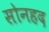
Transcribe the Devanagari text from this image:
सोनहद